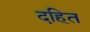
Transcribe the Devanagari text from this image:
दहित